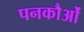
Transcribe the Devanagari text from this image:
पनकौओं